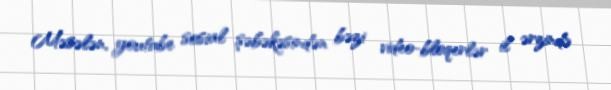
Məsələn, youtube sosial şəbəkəsindən bəzi video-bloqerlər il ərzində